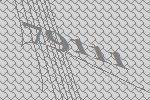
79111